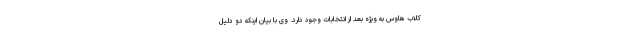
کلاب هاوس به ویژه بعد از انتخابات وجود دارد. وی با بیان اینکه دو دلیل